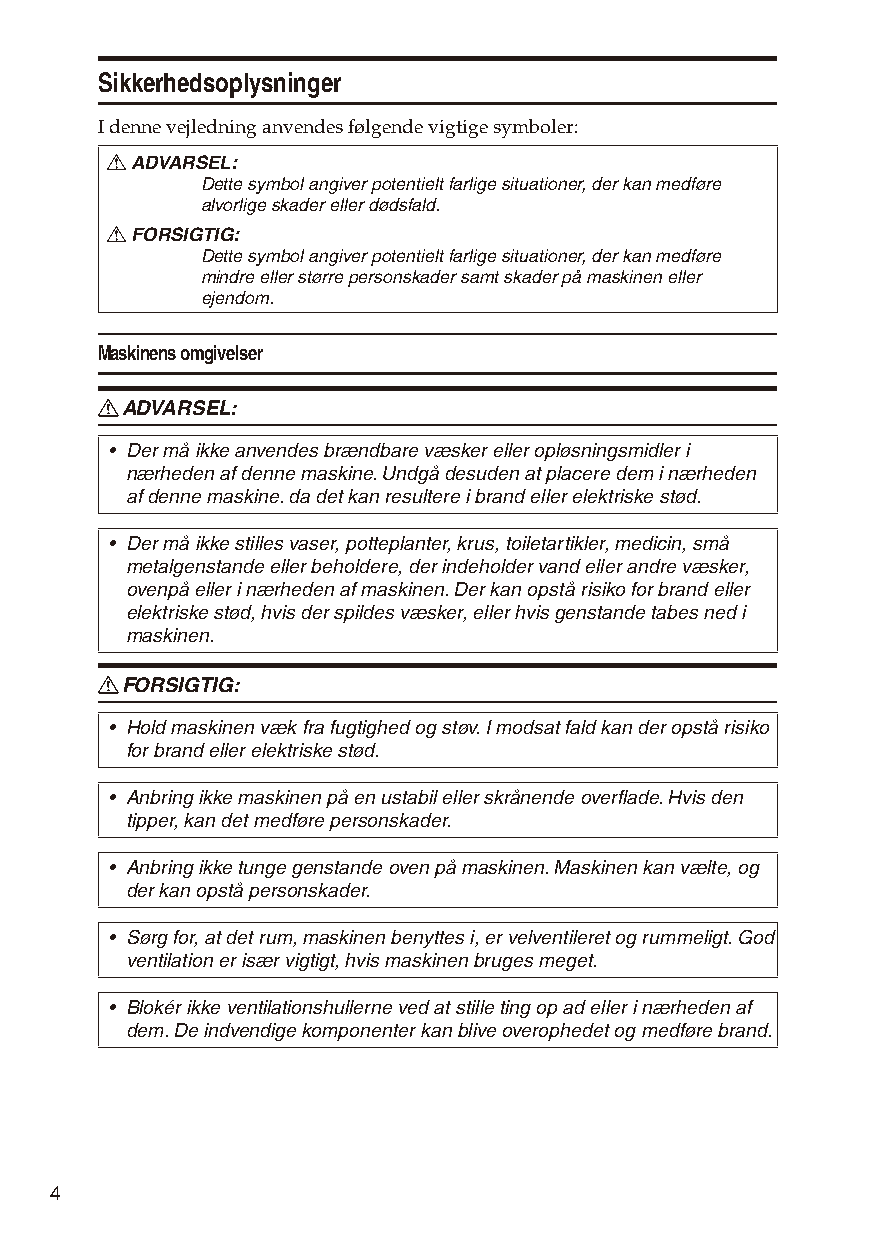
Sikkerhedsoplysninger
 I denne vejledning anvendes følgende vigtige symboler:
 R ADVARSEL:
 Dette symbol angiver potentielt farlige situationer, der kan medføre
 alvorlige skader eller dødsfald.
 R FORSIGTIG:
 Dette symbol angiver potentielt farlige situationer, der kan medføre
 mindre eller større personskader samt skader på maskinen eller
 ejendom.
 Maskinens omgivelser
 R ADVARSEL:
 • Der må ikke anvendes brændbare væsker eller opløsningsmidler i
 nærheden af denne maskine. Undgå desuden at placere dem i nærheden
 af denne maskine. da det kan resultere i brand eller elektriske stød.
 • Der må ikke stilles vaser, potteplanter, krus, toiletartikler, medicin, små
 metalgenstande eller beholdere, der indeholder vand eller andre væsker,
 ovenpå eller i nærheden af maskinen. Der kan opstå risiko for brand eller
 elektriske stød, hvis der spildes væsker, eller hvis genstande tabes ned i
 maskinen.
 R FORSIGTIG:
 • Hold maskinen væk fra fugtighed og støv. I modsat fald kan der opstå risiko
 for brand eller elektriske stød.
 • Anbring ikke maskinen på en ustabil eller skrånende overflade. Hvis den
 tipper, kan det medføre personskader.
 • Anbring ikke tunge genstande oven på maskinen. Maskinen kan vælte, og
 der kan opstå personskader.
 • Sørg for, at det rum, maskinen benyttes i, er velventileret og rummeligt. God
 ventilation er især vigtigt, hvis maskinen bruges meget.
 • Blokér ikke ventilationshullerne ved at stille ting op ad eller i nærheden af
 dem. De indvendige komponenter kan blive overophedet og medføre brand.
 4